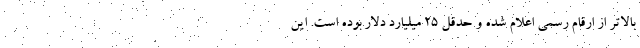
بالاتر از ارقام رسمی اعلام شده و حدقل 25 میلیارد دلار بوده است. این